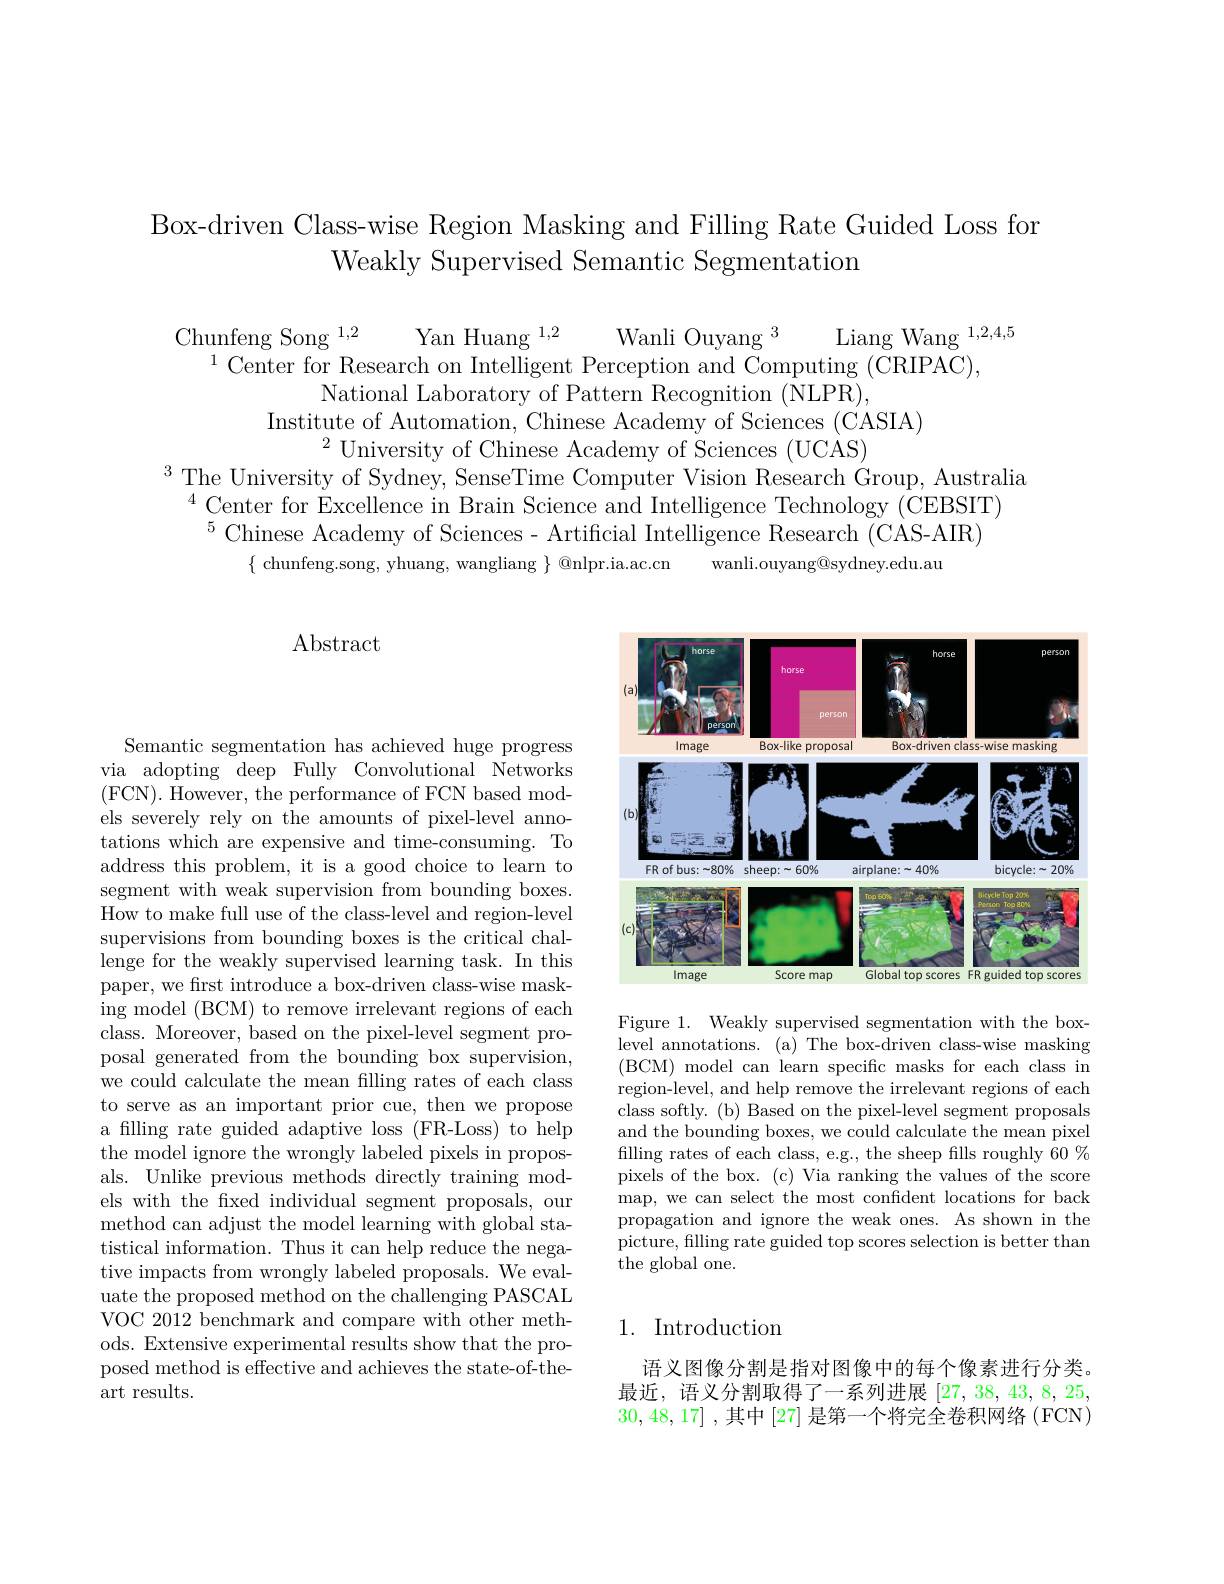
Box-driven Class-wise Region Masking and Filling Rate Guided Loss for
Weakly Supervised Semantic Segmentation

$\begin{array}{c}{\text{Chunfeng Song }^{1,2}}&{\text{Yan Huang }^{1,2}}&{\text{Wanli Ouyang }^{3}}&{\text{Liang Wang }^{1,2,4,5}}\\{^{1}\text{Center for Research on Intelligent Perception and Computing (CRIPAC),}}\end{array}$
National Laboratory of Pattern Recognition (NLPR),
Institute of Automation, Chinese Academy of Sciences (CASIA)
$^{2}$University of Chinese Academy of Sciences (UCÀS)
$^{3}$The University of Sydney, SenseTime Computer Vision Research Group, Australia
$^{4}$ Center for Excellence in Brain Science and Intelligence Technology(CEBSIT)
$^{5}$Chinese Academy of Sciences- Artificial Intelligence Research (CAS-AIR)
$\{$ chunfeng.song, yhuang, wangliang $\}$ @nlpr.ia.ac.cn
wanli.ouyang@sydney.edu.au

Abstract

Semantic segmentation has achieved huge progress via adopting deep Fully Convolutional Networks (FCN). However, the performance of FCN based models severely rely on the amounts of pixel-level annotations which are expensive and time-consuming. To address this problem, it is a good choice to learn to segment with weak supervision from bounding boxes. $\bar{\text{How to make full use of the class-level and region-level}}$ supervisions from bounding boxes is the critical challenge for the weakly supervised learning task. In this paper, we frst introduce a box-driven class-wise masking model (BCM) to remove irrelevant regions of each class. Moreover, based on the pixel-level segment proposal generated from the bounding box supervision, we could calculate the mean filling rates of each class to serve as an important prior cue, then we propose a filling rate guided adaptive loss (FR-Loss) to help the model ignore the wrongly labeled pixels in proposals. Unlike previous methods directly training models with the fxed individual segment proposals, our method can adjust the model learning with global statistical information. Thus it can help reduce the negative impacts from wrongly labeled proposals. We evaluate the proposed method on the challenging PASCAL VOC 2012 benchmark and compare with other methods. Extensive experimental results show that the proposed method is effective and achieves the state-of-theart results.

<FigureHere>

Figure 1. Weakly supervised segmentation with the boxlevel annotations. (a) The box-driven class-wise masking (BCM) model can learn specific masks for each class in region-level, and help remove the irrelevant regions of each class softly. (b) Based on the pixel-level segment proposals and the bounding boxes, we could calculate the mean pixel filling rates of each class, e.g., the sheep fills roughly 60% pixels of the box. (c) Via ranking the values of the score map, we can select the most confident locations for back propagation and ignore the weak ones. As shown in the picture, filling rate guided top scores selection is better than the global one.

## 1. Introduction

语义图像分割是指对图像中的每个像素进行分类。最近，语义分割取得了一系列进展[27,38,43,8,25, 30,48,17] ,其中 [27] 是第一个将完全卷积网络 (FCN)